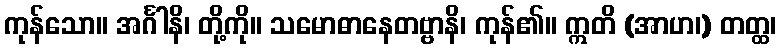
ကုန်သော။ အင်္ဂါနိ၊ တို့ကို။ သမောဓာနေတဗ္ဗာနိ၊ ကုန်၏။ ဣတိ (အာဟ၊) တတ္ထ၊